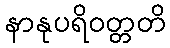
နာနုပရိဝတ္တတိ